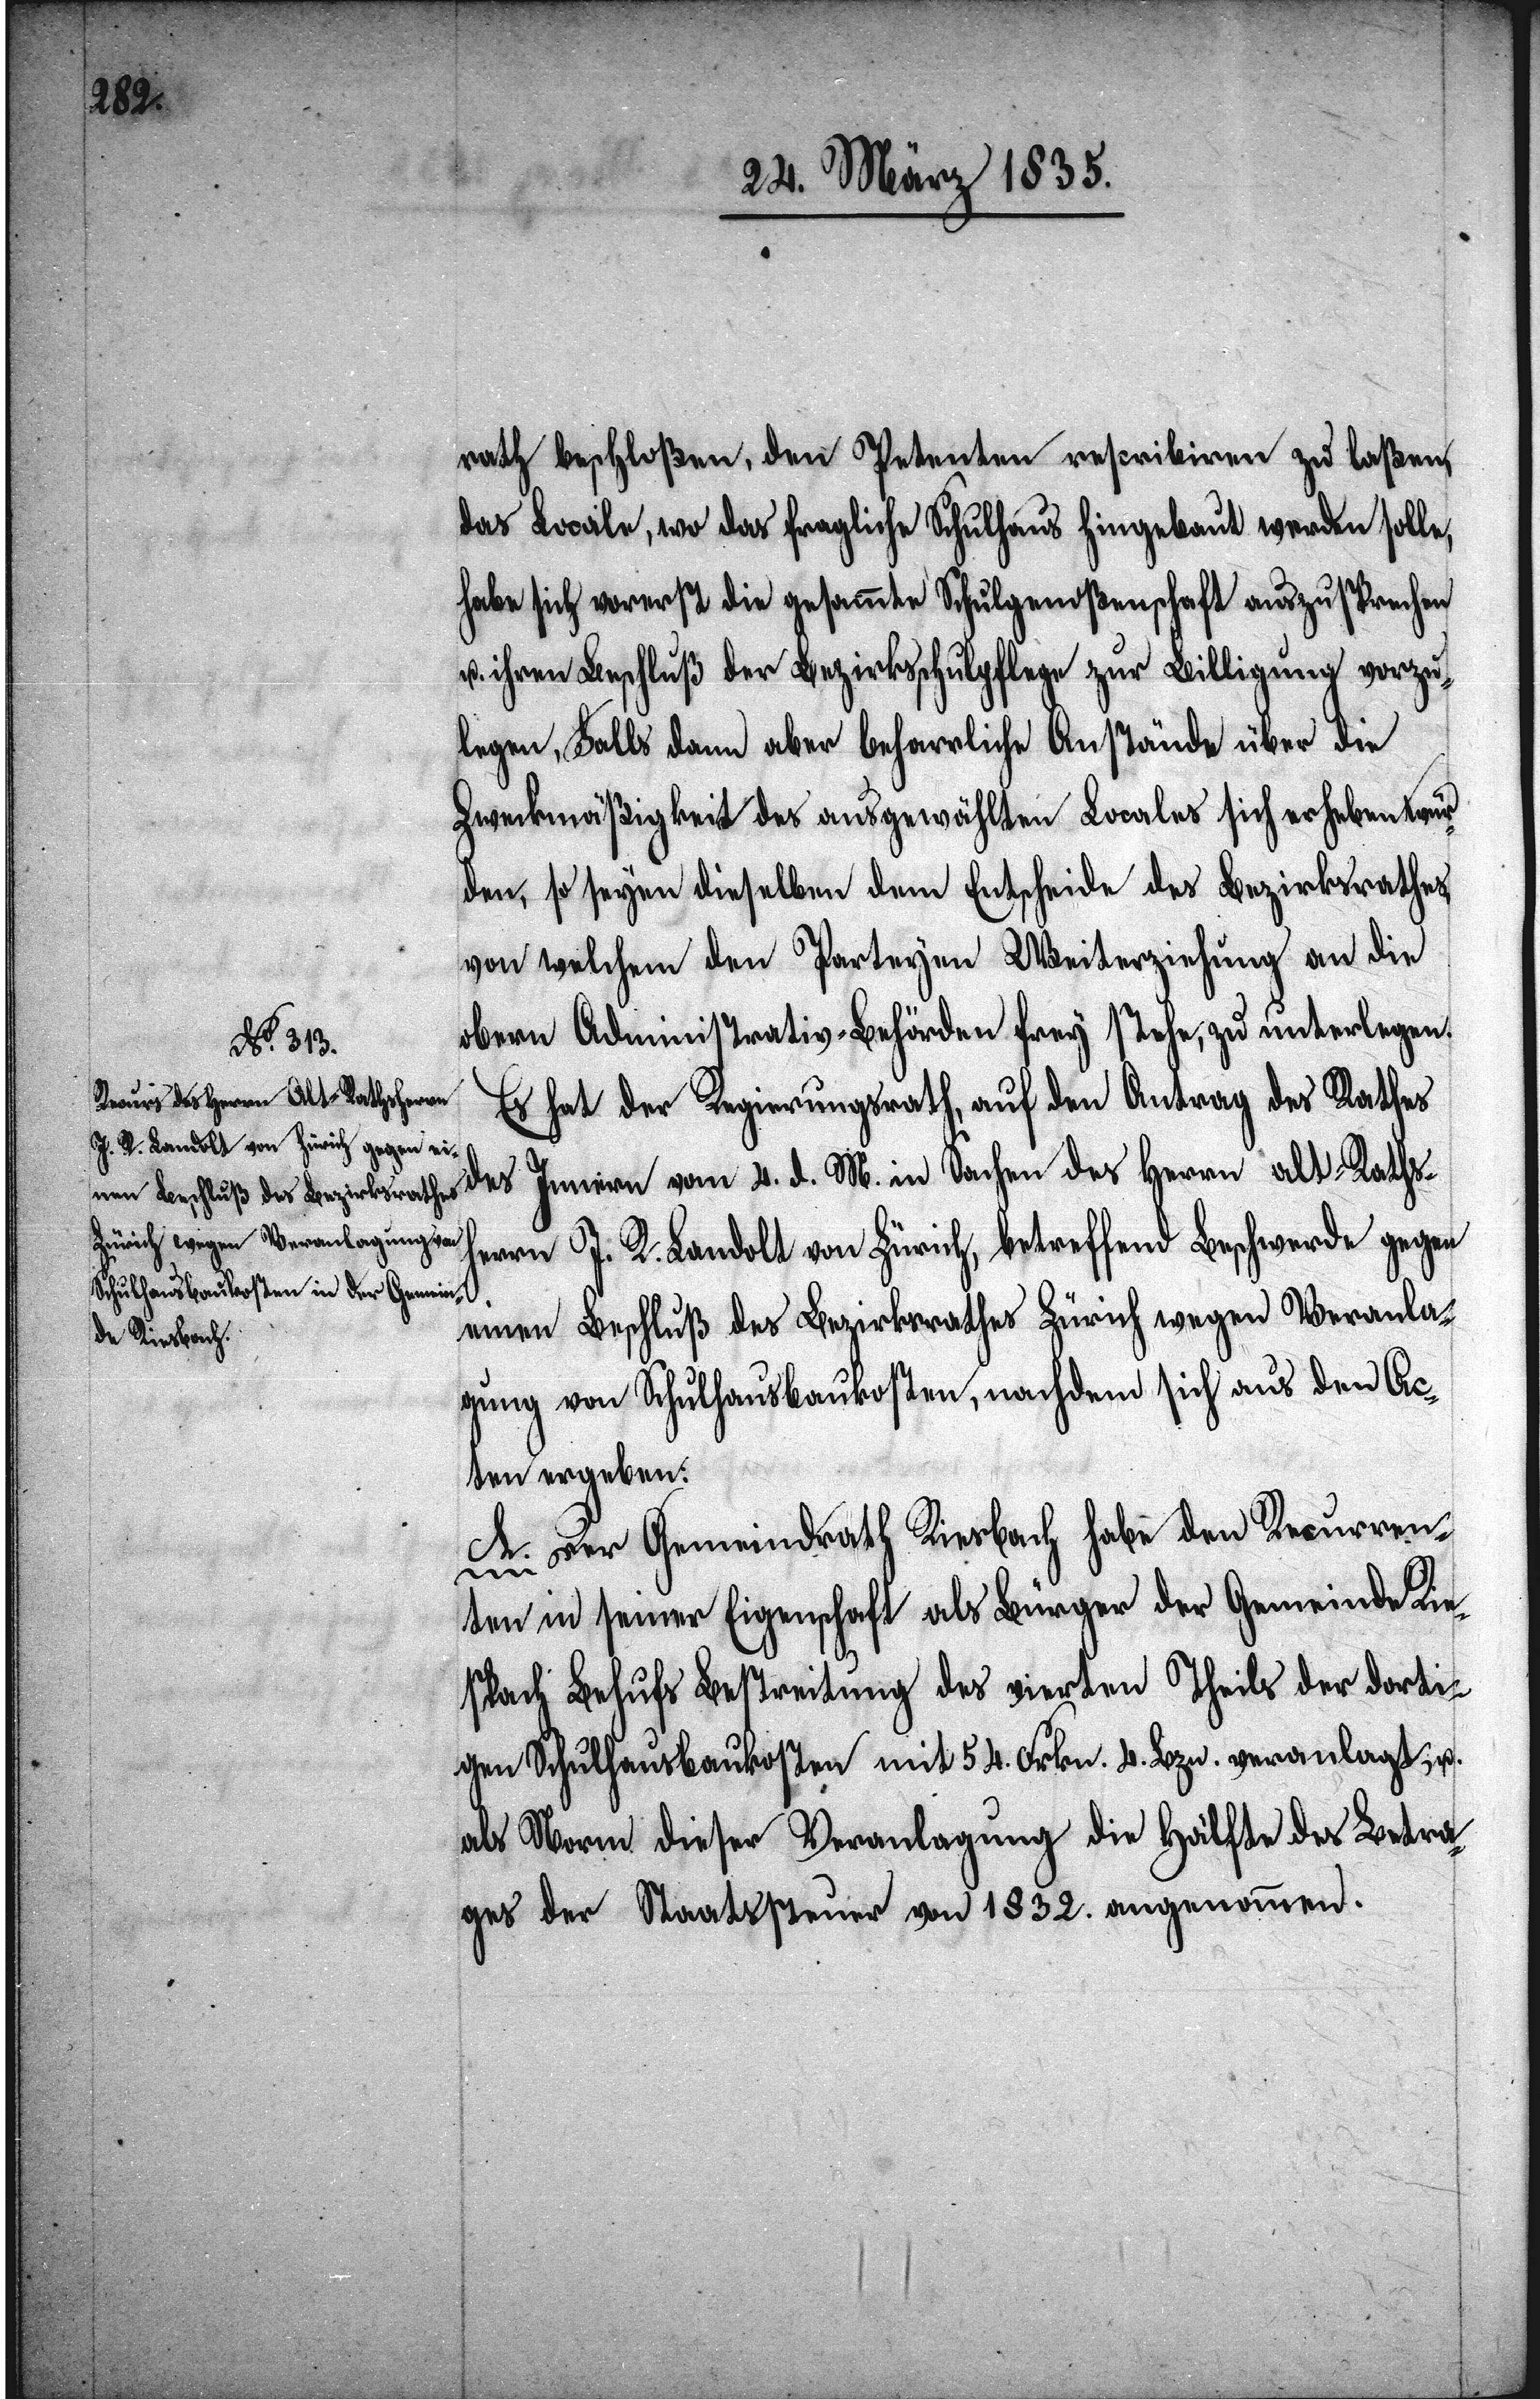
d. M.

rath beschloßen, den Petenten rescribiren zu laßen,
das Locale, wo das fragliche Schulhaus hingebaut werden solle,
habe sich vorerst die gesammte Schulgenoßenschaft auszusprechen
u. ihren Beschluß der Bezirksschulpflege zur Billigung vorzu¬
legen, Falls dann aber beharrliche Anstände über die
Zweckmäßigkeit des ausgewählten Locales sich erheben wür¬
den, so seyen dieselben dem Entscheide des Bezirksrathes,
von welchem den Partheyen Weiterziehung an die
obern Administrativ-Behörden frey stehe, zu unterlegen.
Sachen des Herrn alt-Rathsher¬
Es hat der Regierungsrath, auf den Antrag des Rathes
rn J. R. Landolt von Zürich, betreffend Beschwerde gegen
einen Beschluß des Bezirksrathes Zürich wegen Veranla¬
gung von Schulhausbaukosten, nachdem sich aus den Ac¬
ten ergeben:
A. Der Gemeindrath Riesbach habe den Recurren¬
ten in seiner Eigenschaft als Bürger der Gemeinde Rie¬
spach Behufs Bestreitung des vierten Theils der dorti¬
gen Schulhausbaukosten mit 54. Frkn. 4. Bzn. veranlagt, u.
als Norm dieser Veranlagung die Hälfte des Betra¬
ges der Staatssteuer von 1832. angenommen.